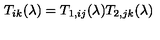
T _ { i k } ( \lambda ) = T _ { 1 , i j } ( \lambda ) T _ { 2 , j k } ( \lambda )